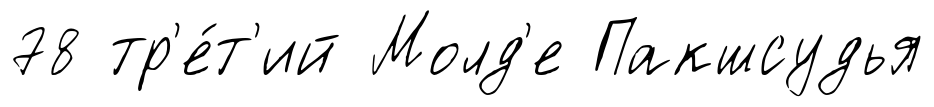
78 тр'е́т'ий Молд'е Пакшсудья